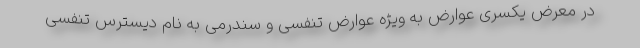
در معرض یکسری عوارض به ویژه عوارض تنفسی و سندرمی به نام دیسترس تنفسی